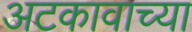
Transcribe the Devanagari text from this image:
अटकावाच्या